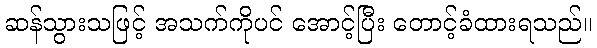
ဆန်သွားသဖြင့် အသက်ကိုပင် အောင့်ပြီး တောင့်ခံထားရသည်။